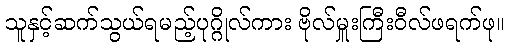
သူနှင့်ဆက်သွယ်ရမည့်ပုဂ္ဂိုလ်ကား ဗိုလ်မှူးကြီးဝီလ်ဖရက်ဖု။